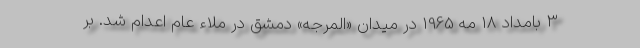
3 بامداد 18 مه 1965 در میدان «المرجه» دمشق در ملاء عام اعدام شد. بر